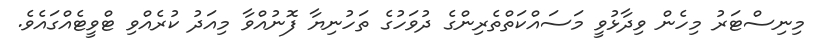
މިނިސްޓަރު މިހެން ވިދާޅުވީ މަސައްކަތްތެރިންގެ ދުވަހުގެ ތަހުނިޔާ ފޮނުއްވާ މިއަދު ކުރެއްވި ޓްވީޓެއްގައެވެ.